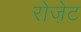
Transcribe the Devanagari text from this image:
रोजे़ट